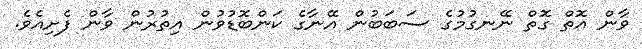
ވާން އޮތް ގޮތް ނޭނގުމުގެ ސަބަބުން އޭނާގެ ކަންބޮޑުވުން އިތުރުން ވާން ފެށިއެވެ.